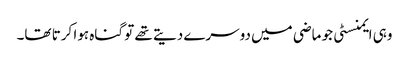
وہی ایمنسٹی جو ماضی میں دوسرے دیتے تھے تو گناہ ہوا کرتا تھا۔